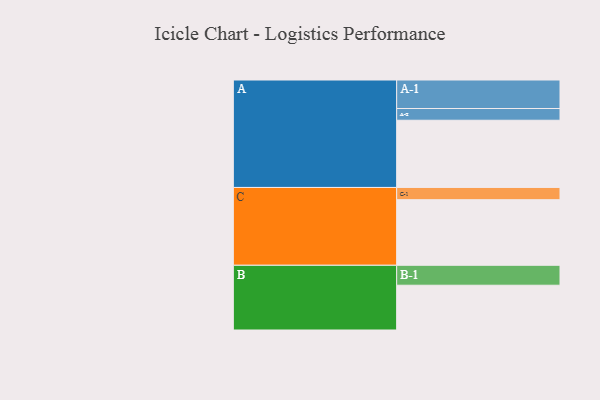
{"axis": {"x": "Segment", "y": "Value"}, "legend": ["", "A", "B", "C"], "data": [{"x": "A", "y": 533, "type": ""}, {"x": "B", "y": 355, "type": ""}, {"x": "C", "y": 520, "type": ""}, {"x": "A-1", "y": 226, "type": "A"}, {"x": "A-2", "y": 93, "type": "A"}, {"x": "B-1", "y": 158, "type": "B"}, {"x": "C-1", "y": 97, "type": "C"}]}